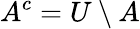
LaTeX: A^{c}=U\setminus A